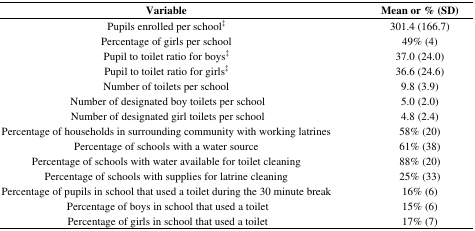
<table><thead><tr><td><b>Variable</b></td><td><b>Mean or % (SD) </b></td></tr></thead><tbody><tr><td>Pupils enrolled per school<sup>‡</sup></td><td>301.4 (166.7)</td></tr><tr><td>Percentage of girls per school</td><td>49% (4)</td></tr><tr><td>Pupil to toilet ratio for boys<sup>‡</sup></td><td>37.0 (24.0)</td></tr><tr><td>Pupil to toilet ratio for girls<sup>‡</sup></td><td>36.6 (24.6)</td></tr><tr><td>Number of toilets per school</td><td>9.8 (3.9)</td></tr><tr><td> Number of designated boy toilets per school</td><td>5.0 (2.0)</td></tr><tr><td> Number of designated girl toilets per school</td><td>4.8 (2.4)</td></tr><tr><td>Percentage of households in surrounding community with working latrines</td><td>58% (20)</td></tr><tr><td>Percentage of schools with a water source</td><td>61% (38)</td></tr><tr><td>Percentage of schools with water available for toilet cleaning</td><td>88% (20)</td></tr><tr><td>Percentage of schools with supplies for latrine cleaning</td><td>25% (33)</td></tr><tr><td>Percentage of pupils in school that used a toilet during the 30 minute break</td><td>16% (6)</td></tr><tr><td> Percentage of boys in school that used a toilet </td><td>15% (6)</td></tr><tr><td> Percentage of girls in school that used a toilet </td><td>17% (7)</td></tr></tbody></table>